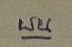
บน